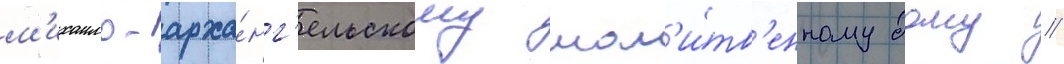
м'ихаило-арха́нг'ельскому мол'и́тв'енному дому //